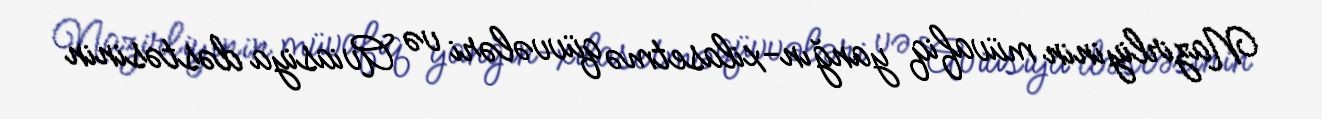
Nazirliyinin müvafiq yanğın-xilasetmə qüvvələri və Aviasiya dəstəsinin